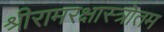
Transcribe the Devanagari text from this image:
श्रीरामरक्षास्त्रोतम